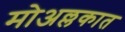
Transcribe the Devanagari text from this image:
मोअल्लकात